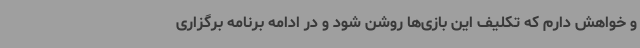
و خواهش دارم که تکلیف این بازی‌ها روشن شود و در ادامه برنامه برگزاری